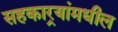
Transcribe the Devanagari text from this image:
सहकार्‍यांमधील